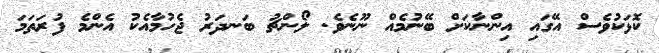
ކޮޅަކުވެސް އޭގައި އިންނާކަށް ބޭނުމެއް ނޫނެވެ. ލޯންޗު ބަނދަރު ޖެހުމާއެކު އެންމެ ފުރަތަމަ